65_HS1-834228961_62-HQ-83894_Section_8
Agency: FBI
Page 206
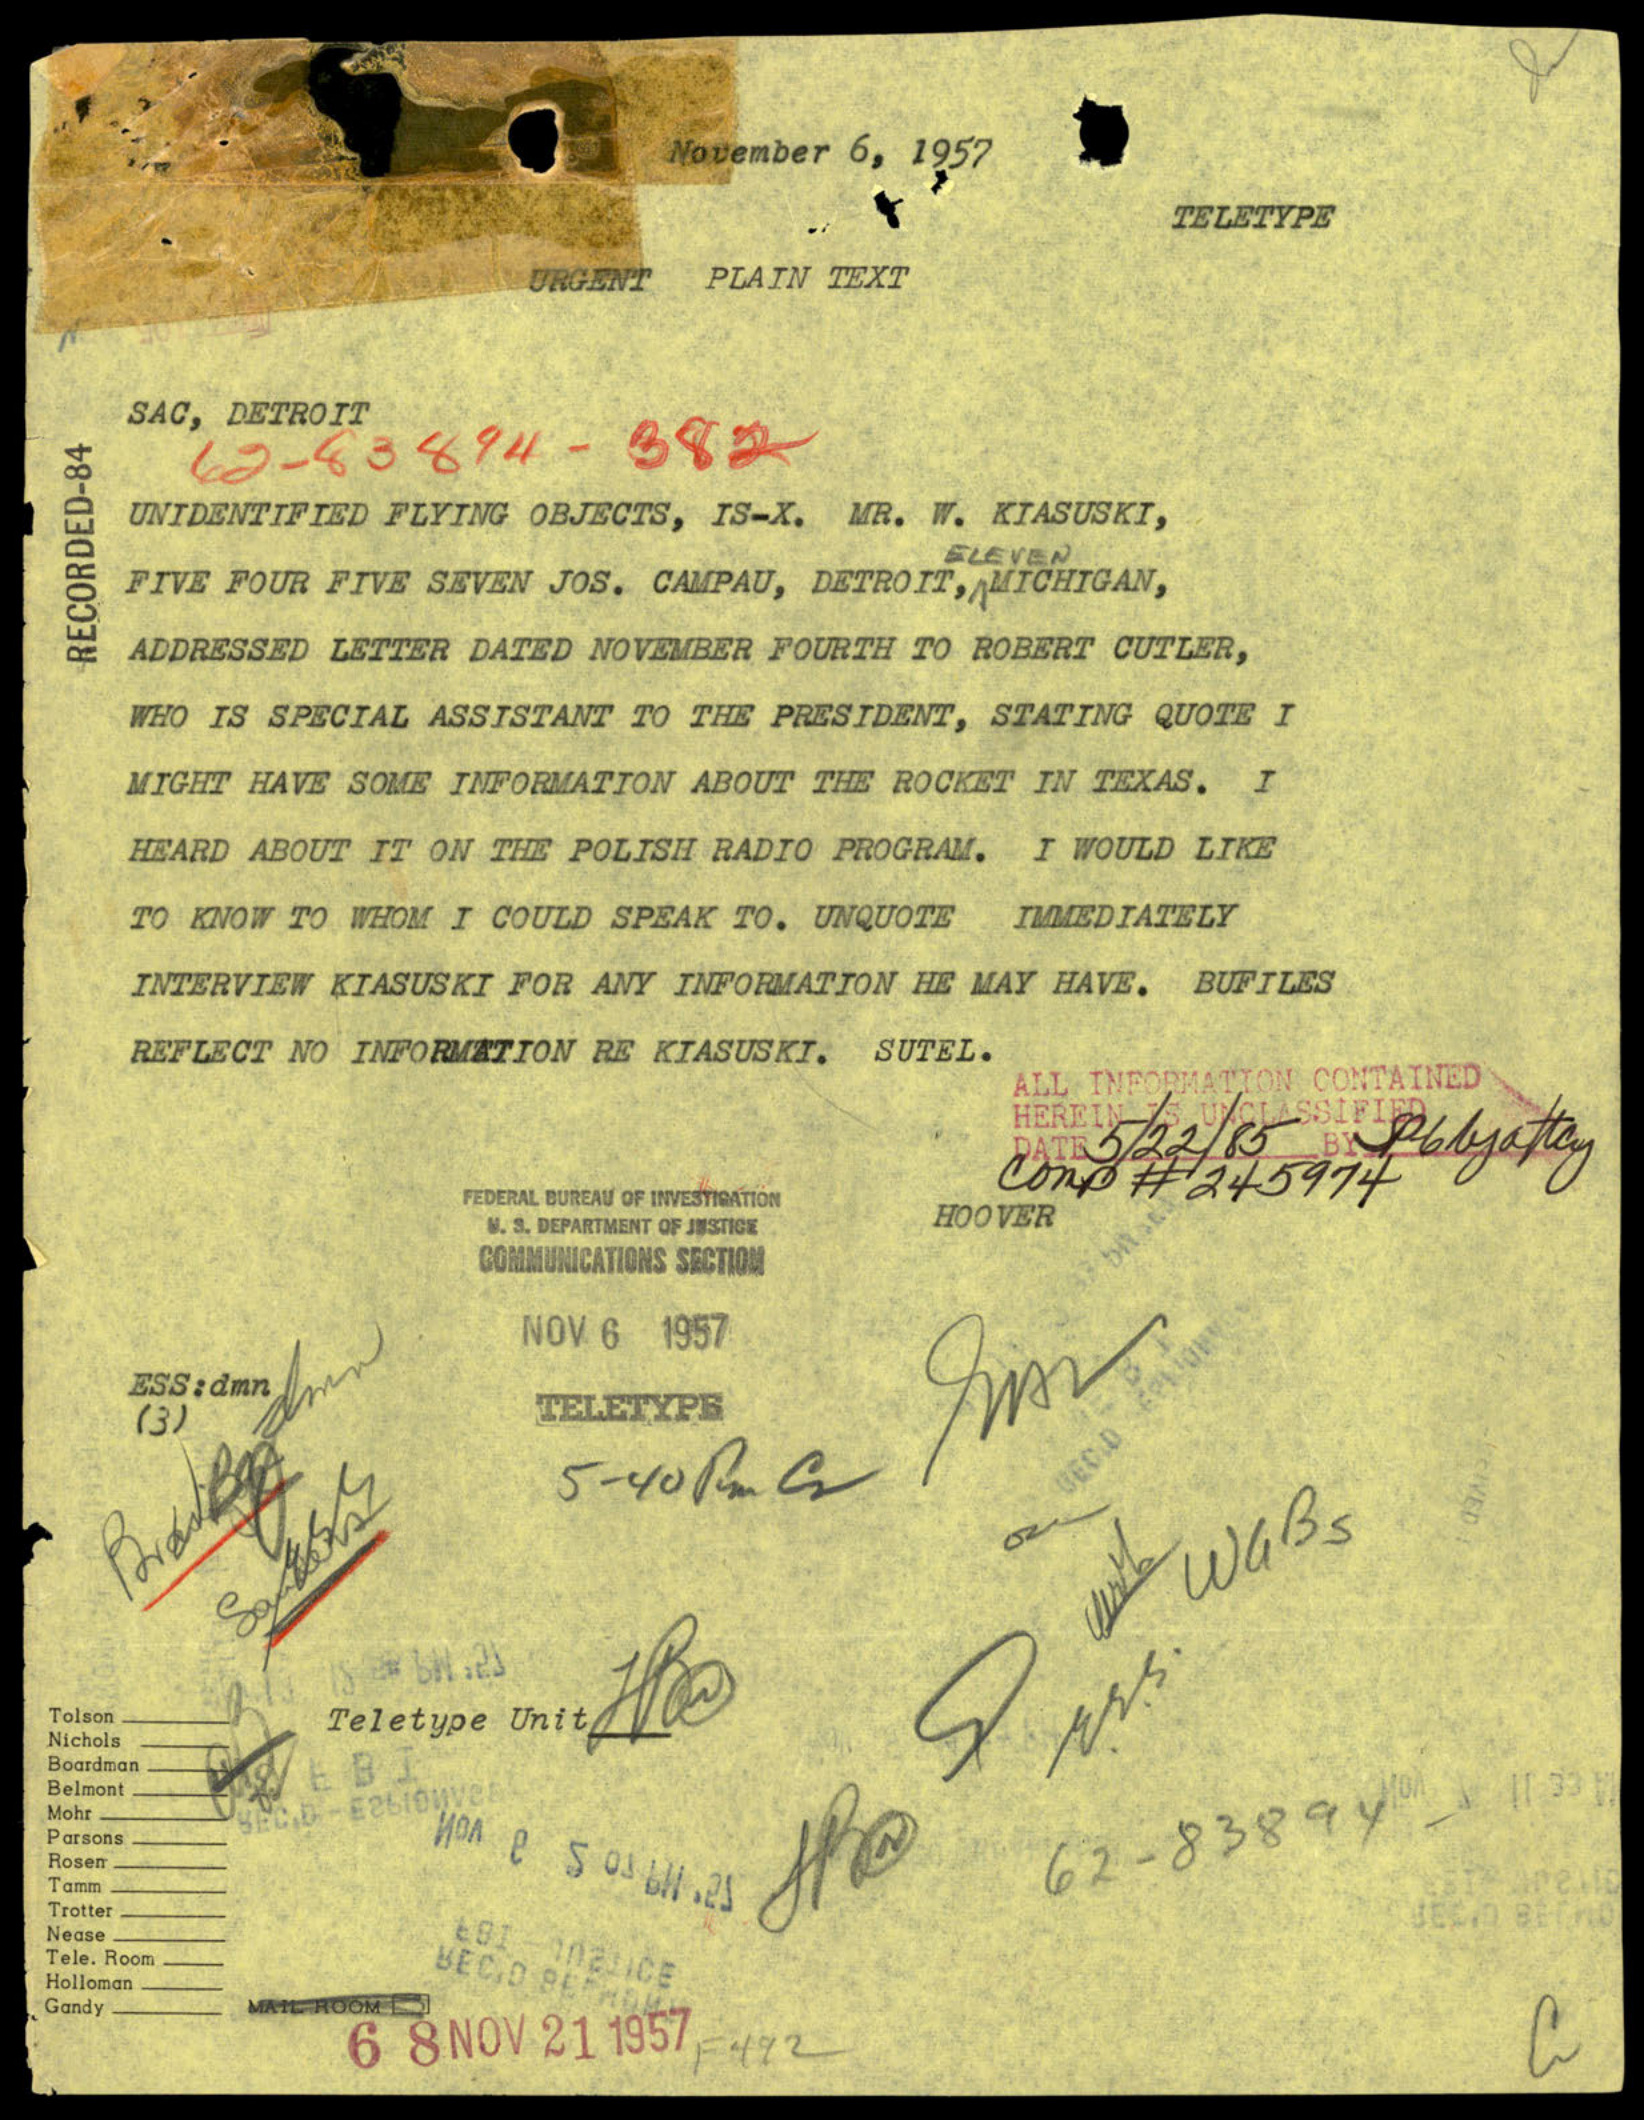